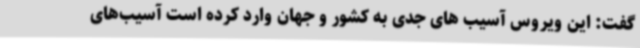
گفت: این ویروس آسیب های جدی به کشور و جهان وارد کرده است آسیب‌های